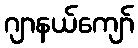
ဂျာနယ်ကျော်